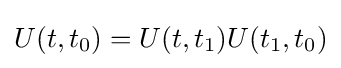
U(t,t_{0})=U(t,t_{1})U(t_{1},t_{0})